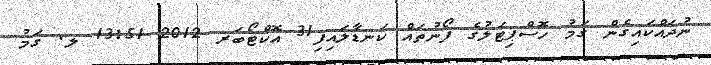
ނުދައްކައިގެން ގަމު ހޮސްޕިޓަލުގެ ފޯނުތައް ކަނޑާލައިފި31 އޮކްޓޯބަރ 2012 13:51 ލ. ގަމު